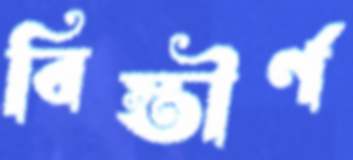
বিস্তীর্ণ